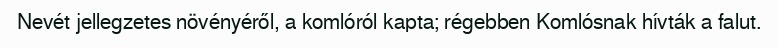
Nevét jellegzetes növényéről, a komlóról kapta; régebben Komlósnak hívták a falut.